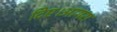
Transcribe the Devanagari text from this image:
दिए।आगरा